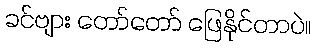
ခင်ဗျား တော်တော် ဖြေနိုင်တာပဲ။